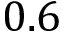
0 . 6